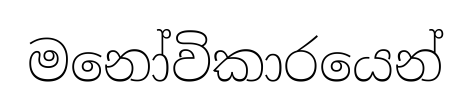
මනෝවිකාරයෙන්